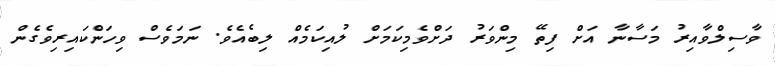
ވާސިލްވާއިރު މަސާނާ އަށް ފިތޭ މިންވަރު ދަށްވެމިކަމަށް ލުއިކަމެއް ލިބެއެވެ. ނަމަވެސް ވިހަންކައިރިވެގެން